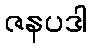
ဇနပဒါ